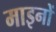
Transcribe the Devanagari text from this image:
माइनों